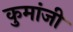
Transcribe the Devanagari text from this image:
कुमांजी